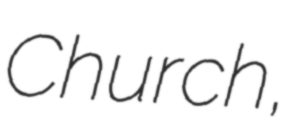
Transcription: Church,